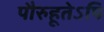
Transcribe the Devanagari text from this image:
पौरुहूतेऽपि